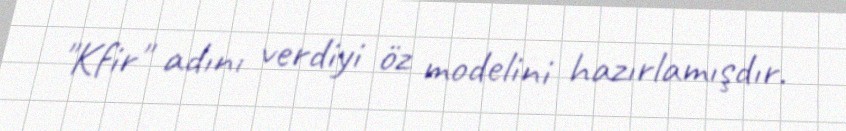
"Kfir" adını verdiyi öz modelini hazırlamışdır.